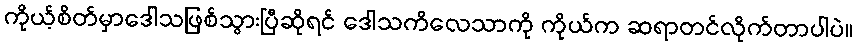
ကိုယ့်စိတ်မှာဒေါသဖြစ်သွားပြီဆိုရင် ဒေါသကိလေသာကို ကိုယ်က ဆရာတင်လိုက်တာပါပဲ။